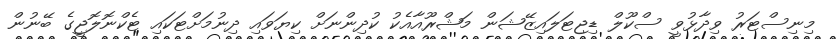
މިނިސްޓަރު ވިދާޅުވީ ސްކޫލް ޑިޖިޓަލައިޒޭޝަން މަޝްރޫއާއެކު ކުދިންނަށް ކިޔަވައި ދިނުމަށްޓަކައި ޓެކްނޮލޮޖީގެ ބޭނުން